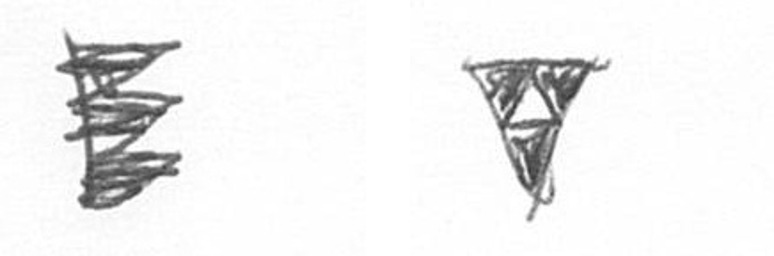
H S